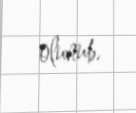
olunub.